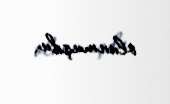
olunmuşdu.